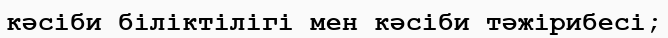
кәсіби біліктілігі мен кәсіби тәжірибесі;